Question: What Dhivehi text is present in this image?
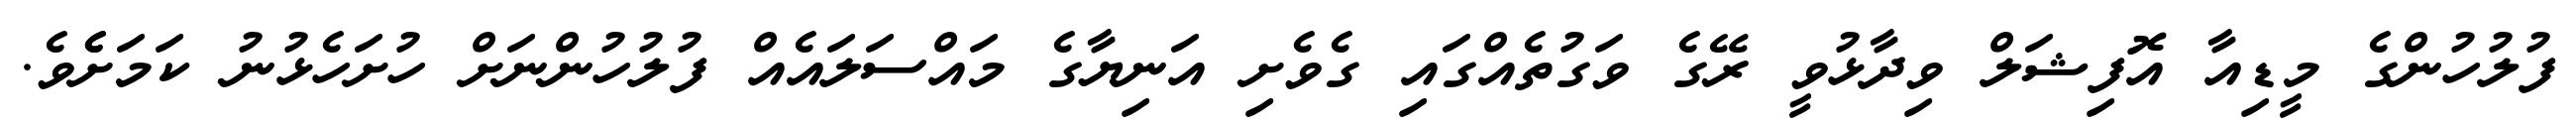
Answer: ފުލުހުންގެ މީޑިއާ އޮފިޝަލް ވިދާޅުވީ ރޭގެ ވަގުތެއްގައި ގެވެށި އަނިޔާގެ މައްސަލައެއް ފުލުހުންނަށް ހުށަހެޅުނު ކަމަށެެވެ.